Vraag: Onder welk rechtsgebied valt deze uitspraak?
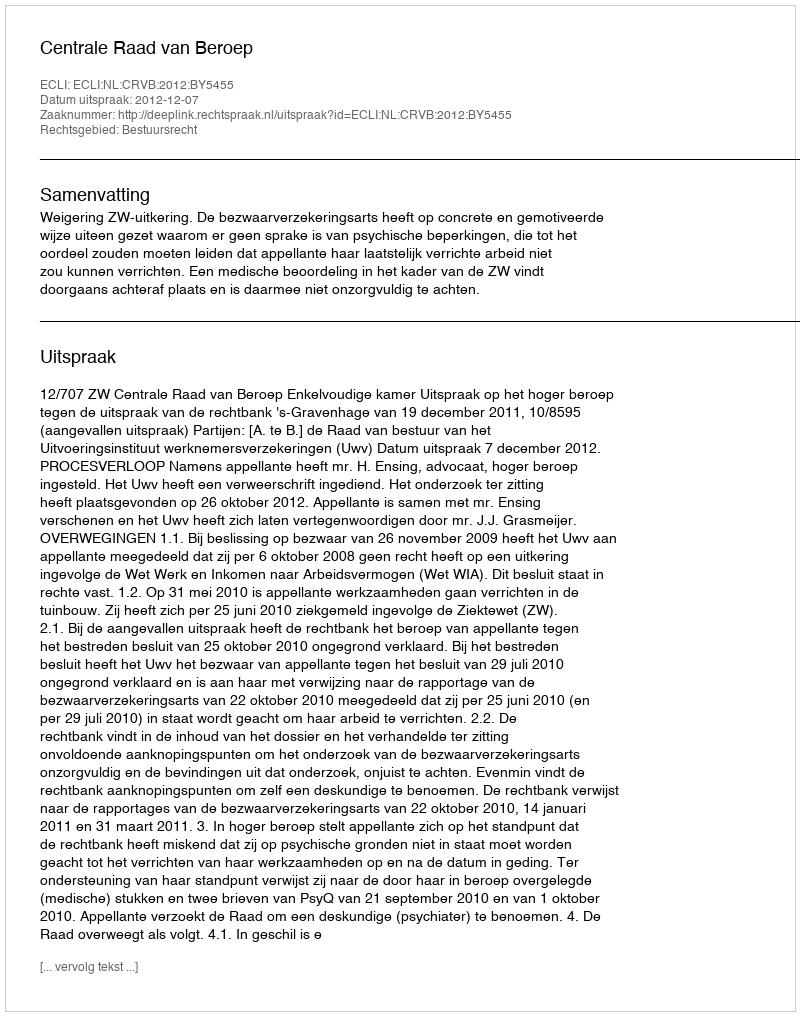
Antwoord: Bestuursrecht